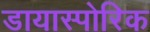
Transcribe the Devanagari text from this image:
डायास्पोरिक